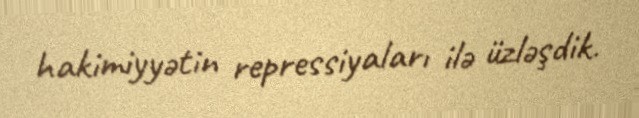
hakimiyyətin repressiyaları ilə üzləşdik.